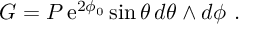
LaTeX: G = P \, { \mathrm { e } } ^ { 2 \phi _ { 0 } } \sin \theta \, d \theta \wedge d \phi \ .